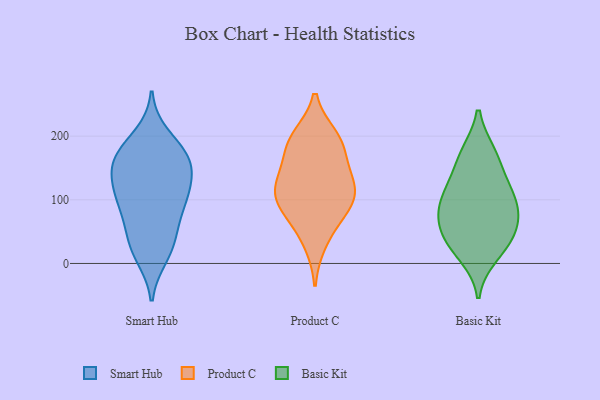
{"axis": {"x": "Population (Million)", "y": "Value"}, "legend": ["Basic Kit", "Product C", "Smart Hub"], "data": [{"x": "", "y": 169, "type": "Smart Hub"}, {"x": "", "y": 165, "type": "Smart Hub"}, {"x": "", "y": 146, "type": "Smart Hub"}, {"x": "", "y": 105, "type": "Smart Hub"}, {"x": "", "y": 164, "type": "Smart Hub"}, {"x": "", "y": 200, "type": "Smart Hub"}, {"x": "", "y": 32, "type": "Smart Hub"}, {"x": "", "y": 116, "type": "Smart Hub"}, {"x": "", "y": 81, "type": "Smart Hub"}, {"x": "", "y": 152, "type": "Smart Hub"}, {"x": "", "y": 178, "type": "Smart Hub"}, {"x": "", "y": 82, "type": "Smart Hub"}, {"x": "", "y": 105, "type": "Smart Hub"}, {"x": "", "y": 48, "type": "Smart Hub"}, {"x": "", "y": 124, "type": "Smart Hub"}, {"x": "", "y": 12, "type": "Smart Hub"}, {"x": "", "y": 22, "type": "Smart Hub"}, {"x": "", "y": 31, "type": "Product C"}, {"x": "", "y": 92, "type": "Product C"}, {"x": "", "y": 120, "type": "Product C"}, {"x": "", "y": 121, "type": "Product C"}, {"x": "", "y": 109, "type": "Product C"}, {"x": "", "y": 81, "type": "Product C"}, {"x": "", "y": 199, "type": "Product C"}, {"x": "", "y": 120, "type": "Product C"}, {"x": "", "y": 173, "type": "Product C"}, {"x": "", "y": 200, "type": "Product C"}, {"x": "", "y": 70, "type": "Product C"}, {"x": "", "y": 147, "type": "Product C"}, {"x": "", "y": 185, "type": "Product C"}, {"x": "", "y": 41, "type": "Basic Kit"}, {"x": "", "y": 173, "type": "Basic Kit"}, {"x": "", "y": 66, "type": "Basic Kit"}, {"x": "", "y": 30, "type": "Basic Kit"}, {"x": "", "y": 92, "type": "Basic Kit"}, {"x": "", "y": 90, "type": "Basic Kit"}, {"x": "", "y": 51, "type": "Basic Kit"}, {"x": "", "y": 130, "type": "Basic Kit"}, {"x": "", "y": 171, "type": "Basic Kit"}, {"x": "", "y": 121, "type": "Basic Kit"}, {"x": "", "y": 90, "type": "Basic Kit"}, {"x": "", "y": 13, "type": "Basic Kit"}]}